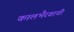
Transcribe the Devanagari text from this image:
कालभैरवाची